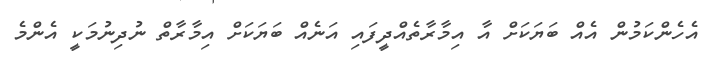
އެހެންކަމުން އެއް ބަޔަކަށް އާ އިމާރާތެއްދީފައި އަނެއް ބަޔަކަށް އިމާރާތް ނުދިނުމަކީ އެންމެ